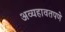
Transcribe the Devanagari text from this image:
अव्यहावतपणे